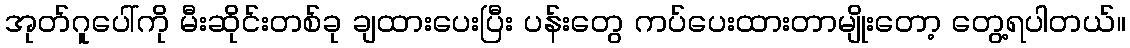
အုတ်ဂူပေါ်ကို မီးဆိုင်းတစ်ခု ချထားပေးပြီး ပန်းတွေ ကပ်ပေးထားတာမျိုးတော့ တွေ့ရပါတယ်။